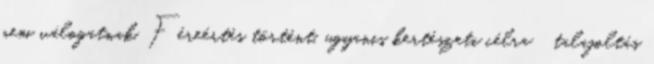
nem válogatnak. Féreértés történt, ugyanis kertészeti célra talajoltás